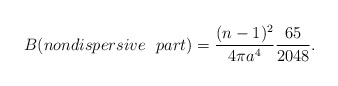
\begin{align*}B( nondispersive~~ part )=\frac{(n-1)^2}{4 \pi a^4}\frac{65}{2048}.\end{align*}